Vaccination Hyderabad 1890-1903 - 1890-1903
Year: 1890
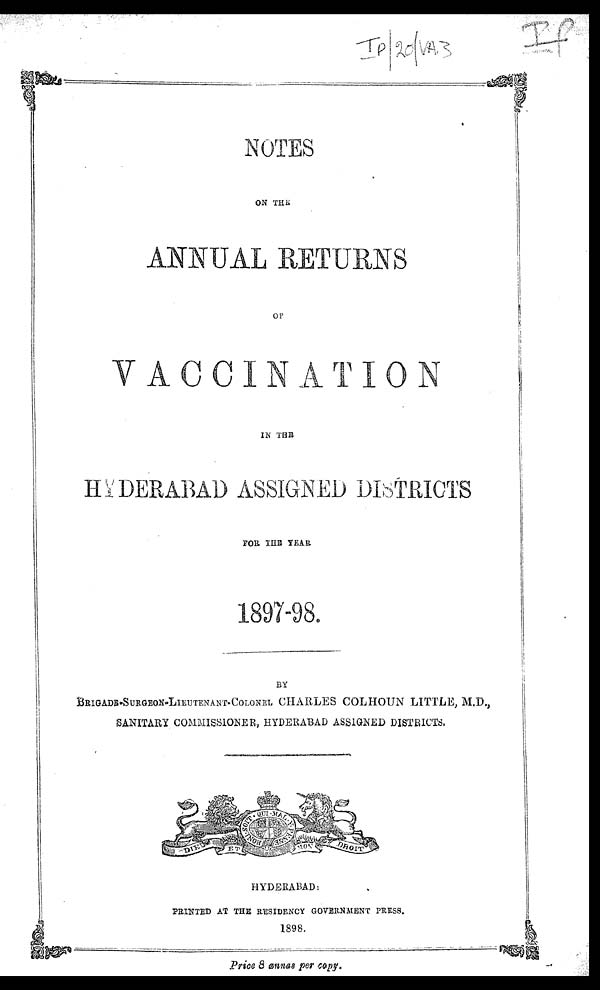
NOTES
ON THE
ANNUAL RETURNS
OF
VACCINATION
IN THE
HYDERABAD ASSIGNED DISTRICTS
FOR THE YEAR
1897-98.
BY
BRIGADE-SURGEON-LIEUTENANT-COLONEL CHARLES COLHOUN LITTLE, M.D.,
SANITARY COMMISSIONER, HYDERABAD ASSIGNED DISTRICTS.
HYDERABAD:
PRINTED AT THE RESIDENCY GOVERNMENT PRESS.
1898.
Price 8 annas per copy.